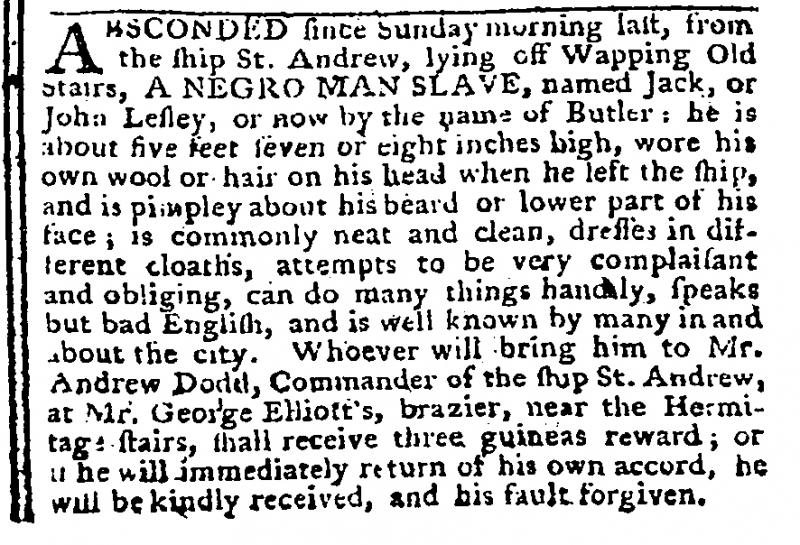
Gazetteer and New Daily Advertiser, 18 October 1766 (England)
ABSCONDED since Sunday morning last, from the ship St. Andrew, lying off Wapping Old Stairs, A NEGRO MAN SLAVE, named Jack, or John Lesley, or now by the name of Butler: he is about five feet seven or eight inches high, wore his own wool or hair on his head when he left the ship, and is pimpley about his beard or lower part of his face; is commonly neat and clean, dresses in different cloaths, attempts to be very complaisant and obliging, can do many things hand[i]ly, speaks but bad English, and is well known by many in and about the city. Whoever will bring him to Mr. Andrew Dodd, Commander of the ship St. Andrew, at Mr. George Elliott’s, brazier, near the Hermitage stairs, shall receive three guineas reward; or if he will immediately return of his own accord, he will be kindly received, and his fault forgiven.